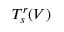
T _ { s } ^ { r } ( V )